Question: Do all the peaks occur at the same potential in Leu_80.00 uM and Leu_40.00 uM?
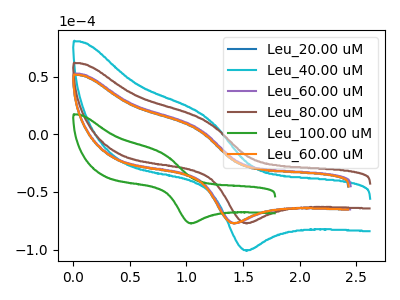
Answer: <think>The blue curve "Leu_20.00 uM" has an anodic peak at (1.10V, 4.80uA) and a cathodic peak at (1.45V, -76.95uA). The cyan curve "Leu_40.00 uM" has an anodic peak at (1.15V, 14.90uA) and a cathodic peak at (1.55V, -100.50uA). The purple curve "Leu_60.00 uM" has an anodic peak at (1.10V, 5.55uA) and a cathodic peak at (1.45V, -76.95uA). The brown curve "Leu_80.00 uM" has an anodic peak at (1.15V, 11.40uA) and a cathodic peak at (1.55V, -76.90uA). The green curve "Leu_100.00 uM" has an anodic peak at (0.80V, -17.00uA) and a cathodic peak at (1.05V, -77.05uA). The orange curve "Leu_60.00 uM" has an anodic peak at (1.10V, 4.95uA) and a cathodic peak at (1.45V, -76.95uA).</think>
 <answer>Yes, "Leu_80.00 uM" have a peak in "Leu_40.00 uM" at the same potential.</answer>
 <eval>match</eval>